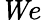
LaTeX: {\mathit We}